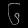
Digit: ၆